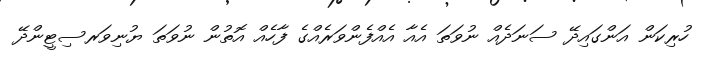
ހުރިކަން އަންގައިދޭ ސަނަދެއް ނުވަތަ އެއާ އެއްފެންވަރެއްގެ ފާހެއް އޮތުން ނުވަތަ ޔުނިވަރސިޓީންދޭ